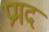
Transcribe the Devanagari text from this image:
प्रमद